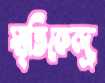
স্মৃতিকেন্দ্র